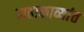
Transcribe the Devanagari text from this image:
महाकाव्यांत